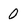
Character: 0